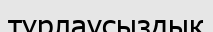
тұрлаусыздық